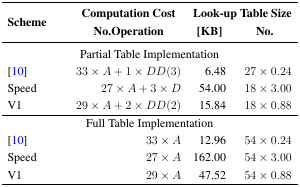
<table><thead><tr><td><b>Scheme</b></td><td><b>Computation Cost No.Operation</b></td><td><b>Look-up [KB]</b></td><td><b>Table Size No.</b></td></tr></thead><tbody><tr><td colspan="4">Partial Table Implementation</td></tr><tr><td>[10]</td><td>33 × <i>A</i> + 1 × <i>DD</i>(3)</td><td>6.48</td><td>27 × 0.24</td></tr><tr><td>Speed</td><td>27 × <i>A</i> + 3 × <i>D</i></td><td>54.00</td><td>18 × 3.00</td></tr><tr><td>V1</td><td>29 × <i>A</i> + 2 × <i>DD</i>(2)</td><td>15.84</td><td>18 × 0.88</td></tr><tr><td colspan="4">Full Table Implementation</td></tr><tr><td>[10]</td><td>33 × <i>A</i></td><td>12.96</td><td>54 × 0.24</td></tr><tr><td>Speed</td><td>27 × <i>A</i></td><td>162.00</td><td>54 × 3.00</td></tr><tr><td>V1</td><td>29 <underline>×</underline><i>A</i></td><td>47.52</td><td>54 <underline>×</underline> 0.88</td></tr></tbody></table>